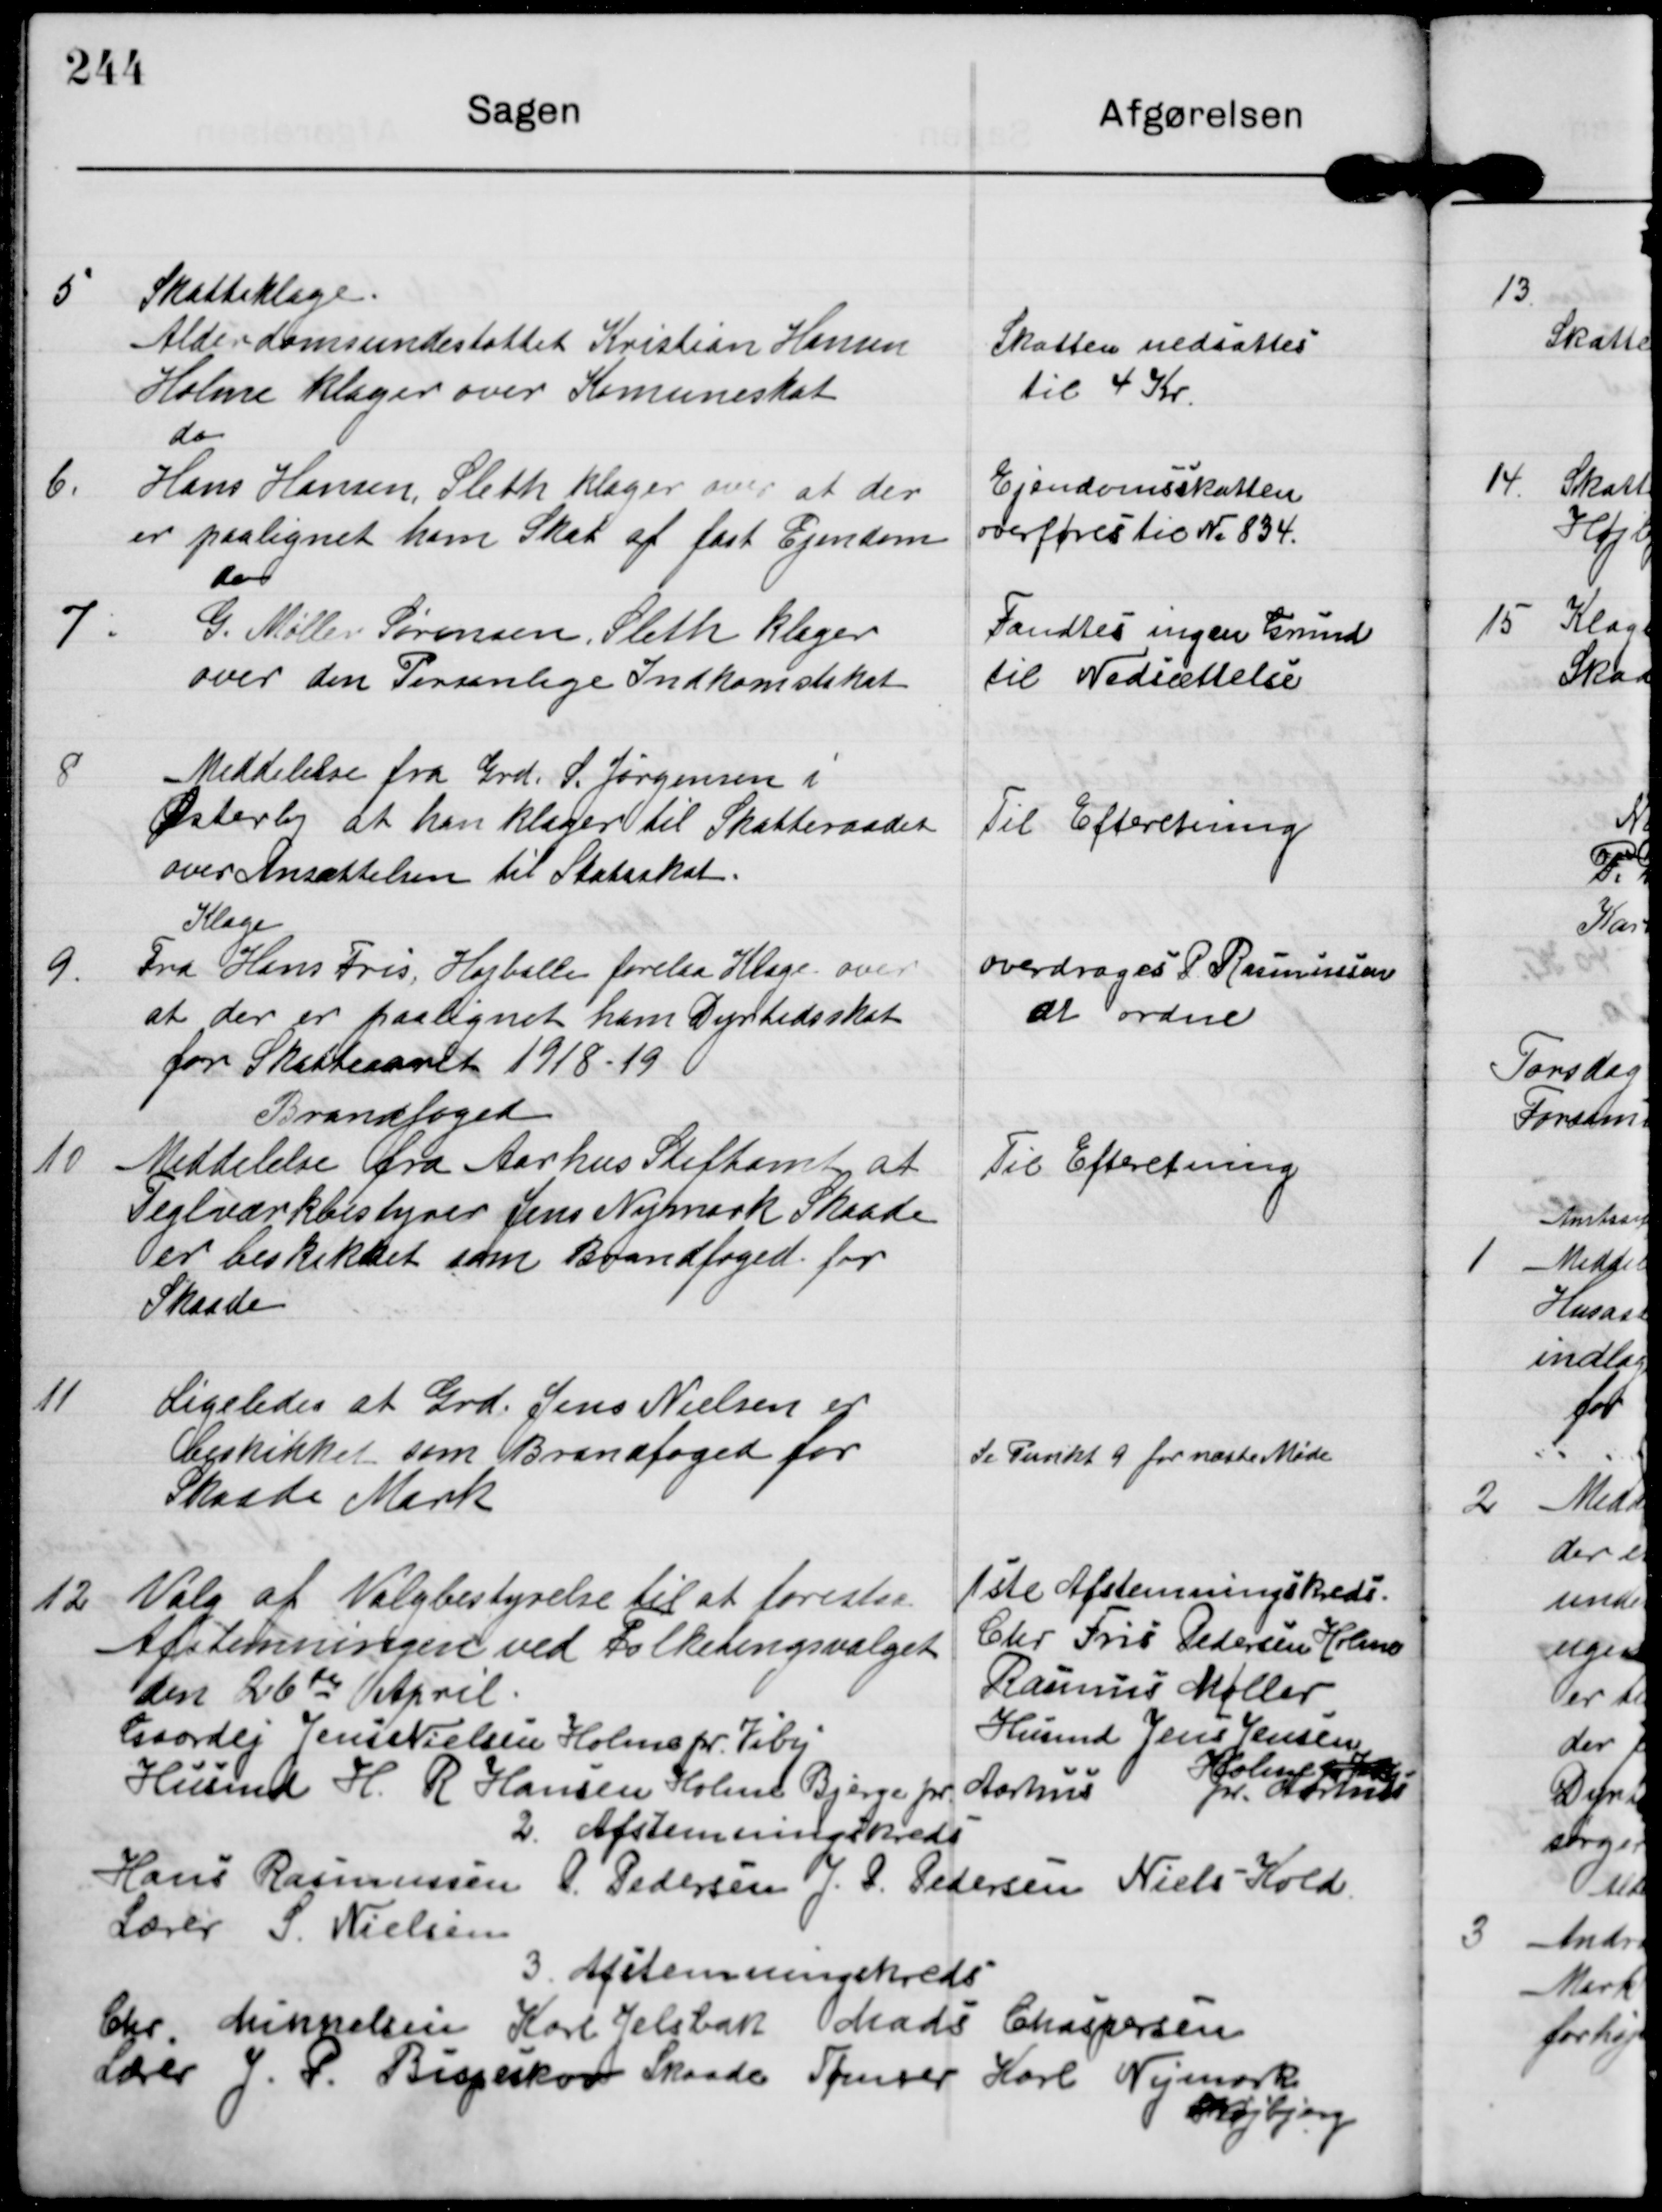
Transskription:
5

Skatteklage.
Alderdomsunderstøttet Kristian Hansen
Holme Klager over Komuneskat

Skatten nedsattes
til 4 Kr

6.

do
Hans Hansen Sleth klager over at der
er paalignet ham Skat af fast Ejendom

Ejendomsskatten.
overføres til № 834

7

do
P. Møller Sørensen Sleth klager
over den Persenlige Indkomstskat

Fandtes ingen Grund
til Nedsættelse.

8

Meddelelse fra Grd S. Jørgensen i
Østerby at han klager til Skatteraadet
over Ansættelsen til Statsskat.

Til Efteretning.

9

Klage
Fra Hans Fris Højballe forelaa Klage over
at der er paalignet ham Dyrtidsskat
for Skatteaaret 1918-19

overdrages P Rasmussen
at ordne

10

Brandfoged
Meddelelse fra Aarhus Stiftamt at
Teglværkbestyrer Jens Nymark Skaade
er beskikket som Brandfoged for
Skaade

Til Efteretning

11

Ligeledes at Grd. Jens Nielsen er
beskikket som Brandfoged for
Skaade Mark

Se Punkt 9 for næste Møde

12

Valg af Valgbestyrelse til at forestaa
Afstemningen ved Folketingsvalget
den 26de April.

1ste Afstemningskreds
Chr Fris Pedersen Holme
Rasmus Møller
Husmd Jens Jensen
Holme brt
pr. Aarhus

Gaardej Jens Nielsen Holme pr. Viby
Husmd H R Hansen Holme Bjerge pr Aarhus

2. Afstemningskreds
Hans Rasmussen P. Pedersen J P. Pedersen Niels Kold
Lærer S. Nielsen

3 Afstemningekreds
Chr Mikkelsen Karl Jelsbak Mads Chaspersen
Lærer J. P. Bispeskov Skaade Tømrer Karl Nymark
Højbjerg